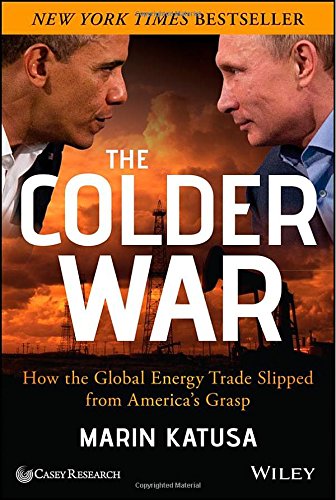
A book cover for The Colder War: How the Global Energy Trade Slipped from America's Grasp; Marin Katusa; Business & Money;